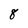
Character: 8